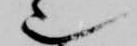
也